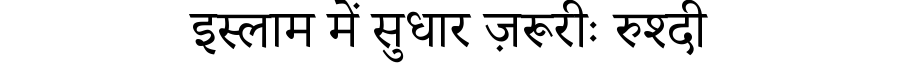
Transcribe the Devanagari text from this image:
इस्लाम में सुधार ज़रूरीः रुश्दी